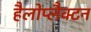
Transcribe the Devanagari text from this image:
हैलोप्लैक्टन